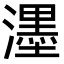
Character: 濹